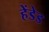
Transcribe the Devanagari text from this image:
हेंडेड